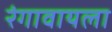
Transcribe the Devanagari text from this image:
रंगावायला